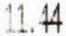
11.44